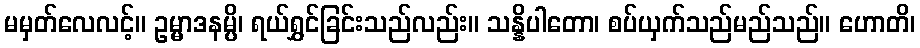
မမှတ်လေလင့်။ ဥမ္မာဒနမ္ပိ၊ ရယ်ရွှင်ခြင်းသည်လည်း။ သန္နိပါတော၊ စပ်ယှက်သည်မည်သည်။ ဟောတိ၊